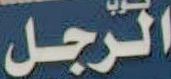
الرجل